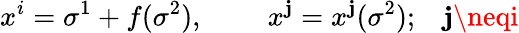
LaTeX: x^{i}=\sigma^{1}+f(\sigma^{2}),\; \; \; \; \; \; \; \; x^{\mathbf{j}}=x^{\mathbf{j}}(\sigma^{2});\; \; \; \mathbf{j}\neqi